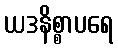
ယဒနိစ္စာပရေ